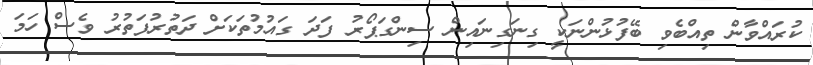
ކުރައްވާން ތިއްބެވި ބޭފުޅުންނަކީ ގިނަގިނައިން ސިންގަޕޯރު ފަދަ ގައުމުތަކަށް ދަތުރުފަތުރު ވެސް ހަމަ